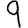
Digit: 9